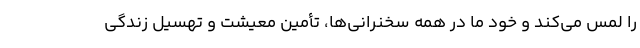
را لمس می‌کند و خود ما در همه سخنرانی‌ها، تأمین معیشت و تهسیل زندگی